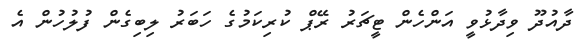
ދާއުދޫ ވިދާޅުވީ އަންހެން ޓީޗަރު ރޭޕް ކުރިކަމުގެ ހަބަރު ލިބިގެން ފުލުހުން އެ